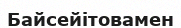
Байсейітовамен